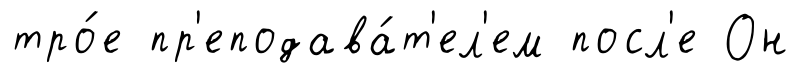
тро́е пр'еподава́т'ел'ем посл'е Он